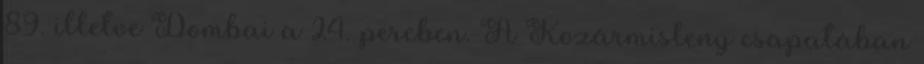
89. illetve Dombai a 24. percben. A Kozármisleny csapatában